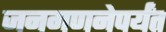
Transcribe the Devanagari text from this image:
जनगणनेपर्यंत